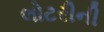
લોટરીની